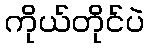
ကိုယ်တိုင်ပဲ